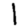
Digit: 1